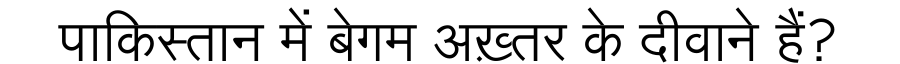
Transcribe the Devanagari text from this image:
पाकिस्तान में बेगम अख़्तर के दीवाने हैं?